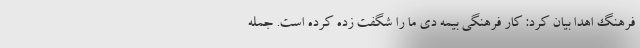
فرهنگ اهدا بیان کرد: کار فرهنگی بیمه دی ما را شگفت زده کرده است. جمله